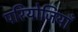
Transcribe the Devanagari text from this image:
परियोजियाँ